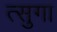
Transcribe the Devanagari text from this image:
त्सुगा